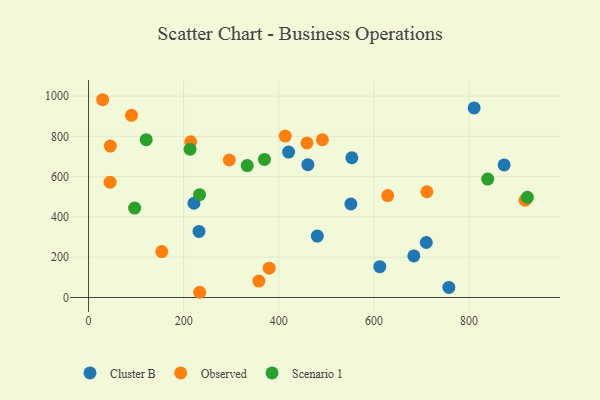
{"axis": {"x": "Experience", "y": "Rating"}, "legend": ["Cluster B", "Observed", "Scenario 1"], "data": [{"x": "221.6", "y": 468.0, "type": "Cluster B"}, {"x": "757.5", "y": 49.9, "type": "Cluster B"}, {"x": "461.1", "y": 659.6, "type": "Cluster B"}, {"x": "551.6", "y": 464.4, "type": "Cluster B"}, {"x": "683.8", "y": 206.7, "type": "Cluster B"}, {"x": "710.1", "y": 273.1, "type": "Cluster B"}, {"x": "481.0", "y": 305.1, "type": "Cluster B"}, {"x": "420.6", "y": 722.0, "type": "Cluster B"}, {"x": "232.2", "y": 328.3, "type": "Cluster B"}, {"x": "810.7", "y": 941.2, "type": "Cluster B"}, {"x": "553.6", "y": 694.0, "type": "Cluster B"}, {"x": "873.7", "y": 658.5, "type": "Cluster B"}, {"x": "612.4", "y": 153.3, "type": "Cluster B"}, {"x": "233.6", "y": 26.0, "type": "Observed"}, {"x": "459.2", "y": 767.6, "type": "Observed"}, {"x": "491.6", "y": 783.4, "type": "Observed"}, {"x": "45.8", "y": 751.8, "type": "Observed"}, {"x": "295.9", "y": 682.8, "type": "Observed"}, {"x": "379.8", "y": 145.8, "type": "Observed"}, {"x": "413.5", "y": 801.8, "type": "Observed"}, {"x": "29.6", "y": 982.1, "type": "Observed"}, {"x": "917.9", "y": 483.2, "type": "Observed"}, {"x": "45.3", "y": 572.6, "type": "Observed"}, {"x": "214.8", "y": 773.4, "type": "Observed"}, {"x": "90.2", "y": 904.8, "type": "Observed"}, {"x": "358.1", "y": 81.6, "type": "Observed"}, {"x": "629.0", "y": 506.2, "type": "Observed"}, {"x": "711.4", "y": 525.1, "type": "Observed"}, {"x": "154.0", "y": 228.2, "type": "Observed"}, {"x": "233.4", "y": 510.6, "type": "Scenario 1"}, {"x": "369.9", "y": 685.6, "type": "Scenario 1"}, {"x": "213.4", "y": 736.3, "type": "Scenario 1"}, {"x": "121.2", "y": 783.7, "type": "Scenario 1"}, {"x": "333.6", "y": 655.0, "type": "Scenario 1"}, {"x": "839.2", "y": 588.0, "type": "Scenario 1"}, {"x": "96.9", "y": 444.0, "type": "Scenario 1"}, {"x": "922.6", "y": 497.7, "type": "Scenario 1"}]}